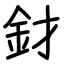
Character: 釮